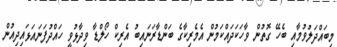
މިބައްދަލުވުމާއި ބެހޭ ގޮތުން ވާހަކަދައްކަމުން އެމެރިކާގެ ބަންޑާރަނައިބު އެރިކް ހޯލްޑާ ވިދާޅުވީ ހައްދުފަނައަޅައިދިއުން